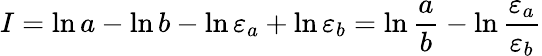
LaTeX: I=\ln a-\ln b-\ln{\varepsilon_{a}}+\ln{\varepsilon_{b}}=\ln{\frac{a}{b}}-\ln{\frac{\varepsilon_{a}}{\varepsilon_{b}}}